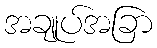
အချုပ်အခြာ